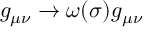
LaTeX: g _ { \mu \nu } \rightarrow \omega ( \sigma ) g _ { \mu \nu }